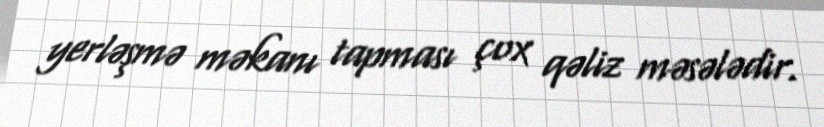
yerləşmə məkanı tapması çox qəliz məsələdir.